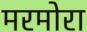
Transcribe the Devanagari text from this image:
मरमोरा